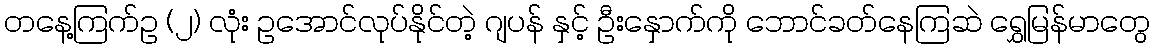
တနေ့ကြက်ဥ (၂) လုံး ဥအောင်လုပ်နိုင်တဲ့ ဂျပန် နှင့် ဦးနှောက်ကို ဘောင်ခတ်နေကြဆဲ ရွှေမြန်မာတွေ